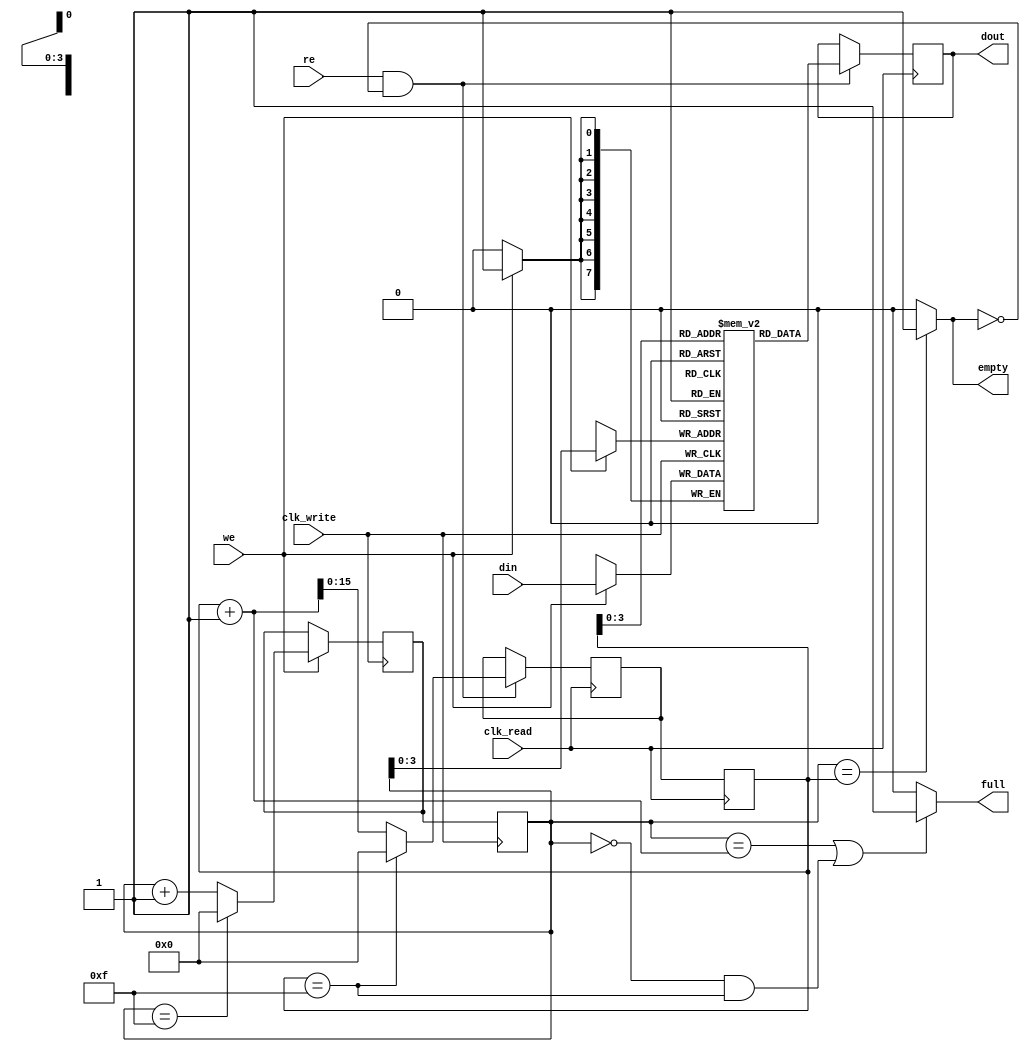
module async_fifo (
    input wire clk_write,
    input wire we,
    input wire [DATA_WIDTH-1:0] din,
    
    input wire clk_read,
    input wire re,
    output wire [DATA_WIDTH-1:0] dout,
    
    output wire full,
    output wire empty
);

parameter DATA_WIDTH = 8;
parameter DEPTH = 16;

reg [DATA_WIDTH-1:0] memory [0:DEPTH-1];
reg [DEPTH-1:0] write_ptr;
reg [DEPTH-1:0] read_ptr;
reg [DEPTH-1:0] next_write_ptr;
reg [DEPTH-1:0] next_read_ptr;
reg [DATA_WIDTH-1:0] next_dout;

always @(posedge clk_write) begin
    if (we) begin
        memory[write_ptr] <= din;
        next_write_ptr <= (write_ptr == DEPTH-1) ? 0 : write_ptr + 1;
    end
    write_ptr <= next_write_ptr;
end

always @(posedge clk_read) begin
    if (re && !empty) begin
        next_dout <= memory[read_ptr];
        next_read_ptr <= (read_ptr == DEPTH-1) ? 0 : read_ptr + 1;
    end
    read_ptr <= next_read_ptr;
end

assign dout = next_dout;
assign full = (write_ptr == read_ptr + 1 || (write_ptr == 0 && read_ptr == DEPTH-1)) ? 1 : 0;
assign empty = (write_ptr == read_ptr) ? 1 : 0;

endmodule